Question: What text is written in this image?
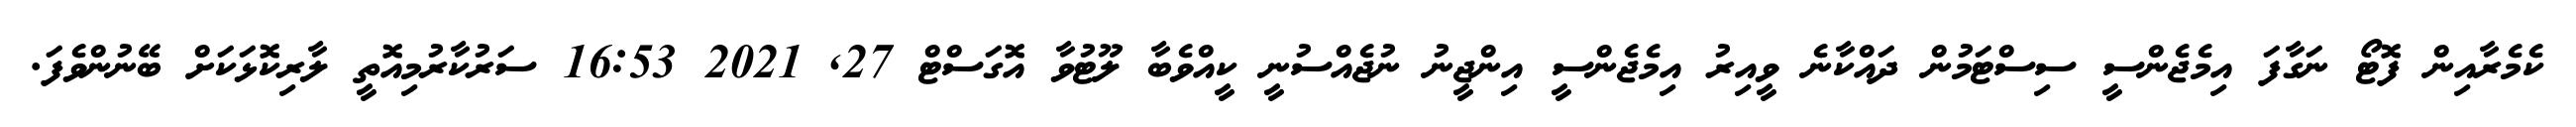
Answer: ކެމެރާއިން ފޮޓޯ ނަގާފަ އިމެޖެންސީ ސިސްޓަމުން ދައްކާނެ ވީއިރު އިމެޖެންސީ އިންޖީނު ނުޖެއްސުނީ ކީއްވެބާ ލޫޓުވާ އޮގަސްޓް 27, 2021 16:53 ސަރުކާރުމިއޮތީ ލާރިކޮޅަކަށް ބޭނުންވެފަ.